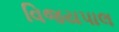
વિજયપાલ